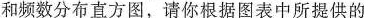
频数分布直方图，请你根据图表中所提供的